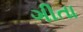
ગીતા